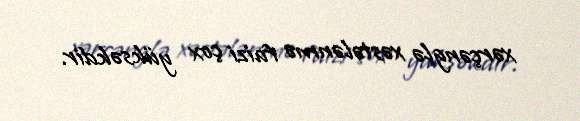
xərçənglə xəstələnmə faizi çox yüksəkdir.